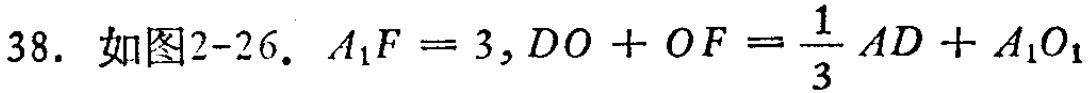
38. 如图2-26. \(A_{1}F = 3,DO + OF=\frac{1}{3}AD + A_{1}O_{1}\)